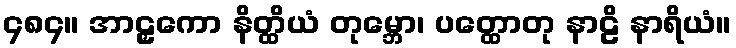
၄၈၄။ အာဠှကော နိတ္ထိယံ တုမ္ဘော၊ ပတ္ထောတု နာဠိ နာရိယံ။